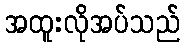
အထူးလိုအပ်သည်